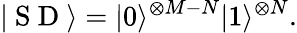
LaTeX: |\mathrm{~S~D~}\rangle=|0\rangle^{\otimes M-N}|1\rangle^{\otimes N}.